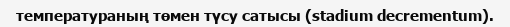
температураның төмен түсу сатысы (stadium decrementum).